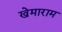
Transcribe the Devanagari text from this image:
खेमाराम